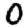
Digit: 0